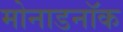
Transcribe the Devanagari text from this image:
मोनाडनॉक